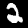
Label: 2